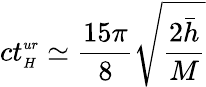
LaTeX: ct_{{\scriptscriptstyle H}}^{{\scriptscriptstyle ur}}\simeq\frac{15\pi}{8}\sqrt{\frac{2\bar{h}}M}